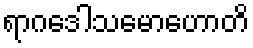
ရာဂဒေါသမောဟောတိ